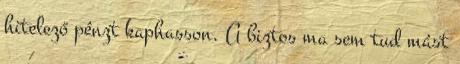
hitelező pénzt kaphasson. A biztos ma sem tud mást